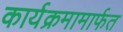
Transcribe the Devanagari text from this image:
कार्यक्रमामार्फत